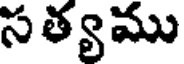
సత్యము